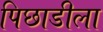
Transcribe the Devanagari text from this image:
पिछाडीला